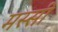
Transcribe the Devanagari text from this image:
मस्सी